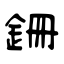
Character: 銏